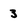
Character: 3